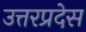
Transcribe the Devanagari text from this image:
उत्तरप्रदेस